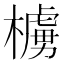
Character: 㯭